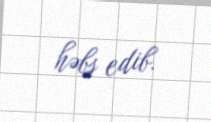
həbs edib.